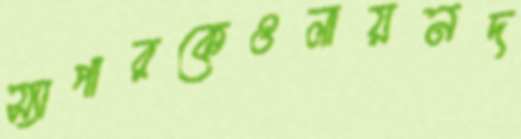
স্যাপারকেওলায়নদ